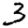
Digit: 3